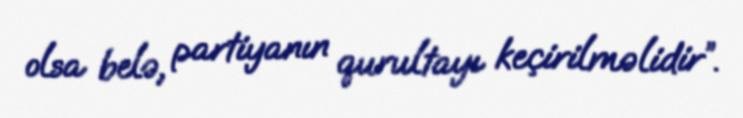
olsa belə, partiyanın qurultayı keçirilməlidir”.